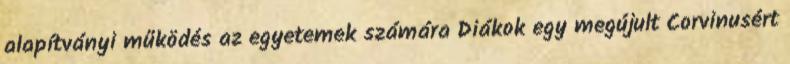
alapítványi működés az egyetemek számára Diákok egy megújult Corvinusért